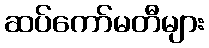
ဆပ်ကော်မတီများ